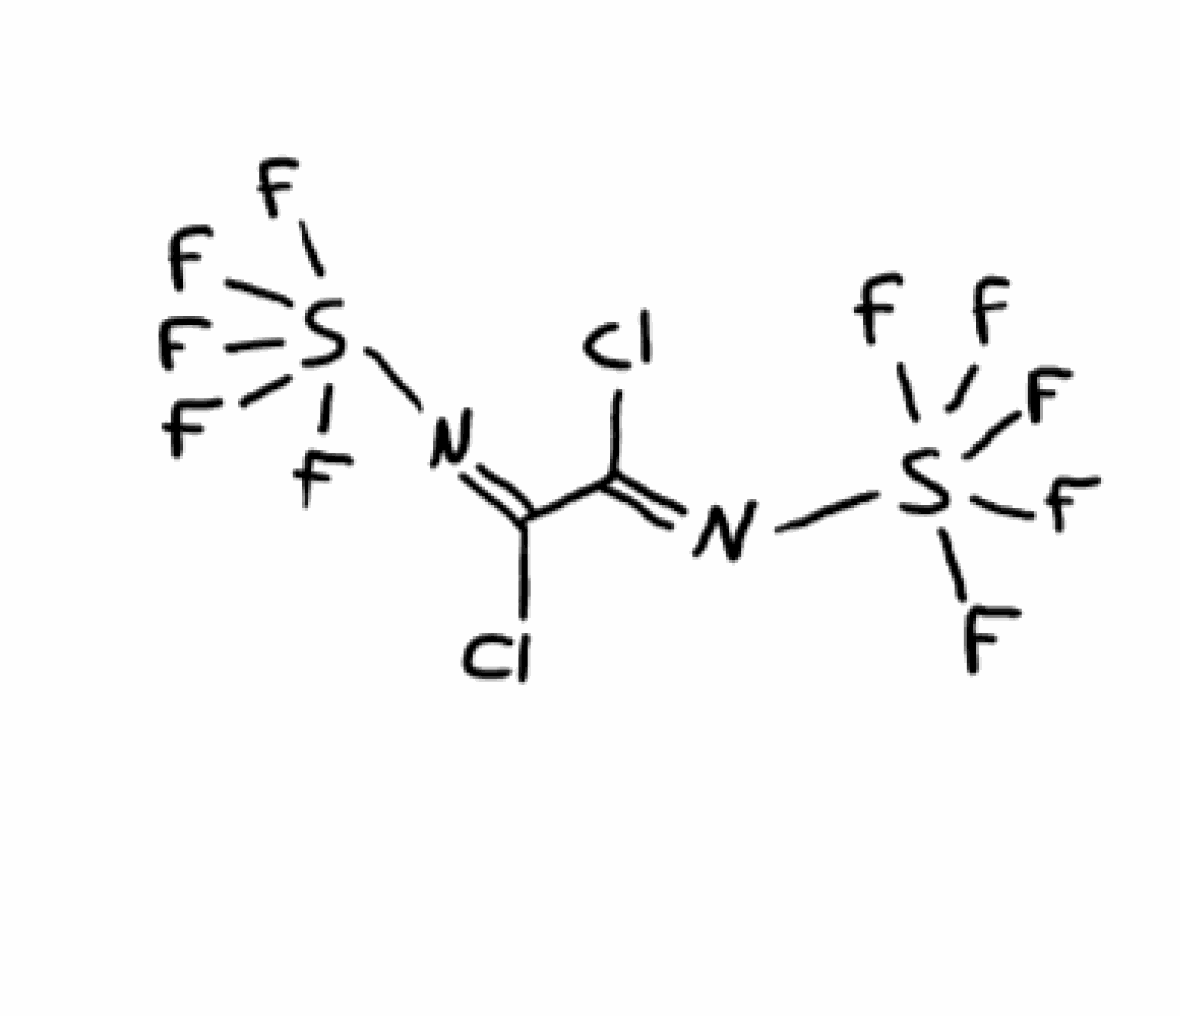
Simplified molecular-input line-entry system (SMILES) notation of the given molecule:
C(=N\S(F)(F)(F)(F)F)(\Cl)/C(=N/S(F)(F)(F)(F)F)/Cl